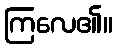
ကြလေ၏။